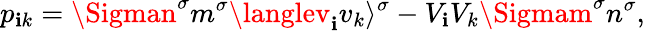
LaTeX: p_{\mathbf{i}k}=\Sigman^{\sigma}m^{\sigma}\langlev_{\mathbf{i}}v_{k}\rangle^{\sigma}-V_{\mathbf{i}}V_{k}\Sigmam^{\sigma}n^{\sigma},